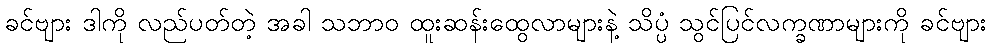
ခင်ဗျား ဒါကို လည်ပတ်တဲ့ အခါ သဘာဝ ထူးဆန်းထွေလာများနဲ့ သိပ္ပံ သွင်ပြင်လက္ခဏာများကို ခင်ဗျား